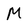
Character: M